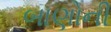
બાણોની